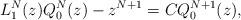
LaTeX: \begin{align*} L^N_1(z) Q^N_0(z) - z^{N+1} = C Q^{N+1}_0(z), \end{align*}